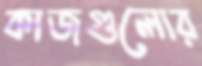
কাজগুলোর